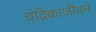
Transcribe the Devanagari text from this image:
चंद्रिकाजीवन